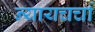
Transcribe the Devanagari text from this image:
न्यायचर्चा